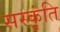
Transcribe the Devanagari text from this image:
सस्कृंति